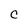
Character: C